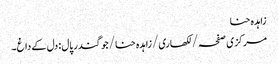
زاہدہ حنا
مرکزی صفحہ/ لکھاری/ زاہدہ حنا/جوگندر پال : دل کے داغ۔